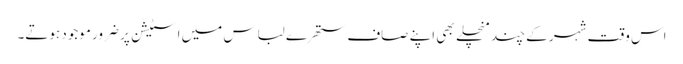
اس وقت شہر کے چند منچلے بھی اپنے صاف ستھرے لباس میں اسٹیشن پر ضرور موجود ہوتے۔